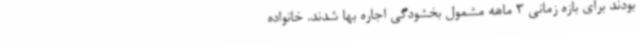
بودند برای بازه زمانی 3 ماهه مشمول بخشودگی اجاره بها شدند. خانواده